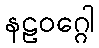
နဠဝဂ္ဂေါ